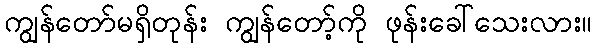
ကျွန်တော်မရှိတုန်း ကျွန်တော့်ကို ဖုန်းခေါ်သေးလား။